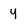
Character: 4